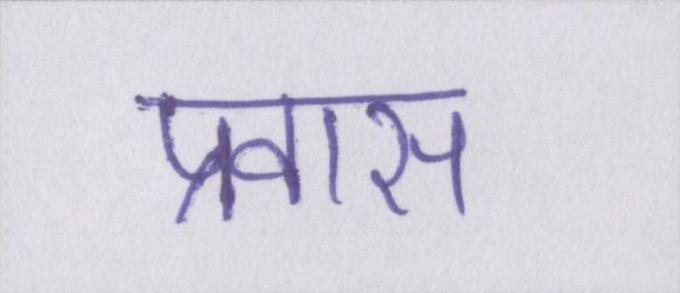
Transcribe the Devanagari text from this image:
प्रवास